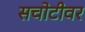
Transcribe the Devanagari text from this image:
सचोटीवर